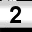
Digit: 2